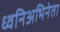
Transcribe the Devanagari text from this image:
ध्वनिअभिनेता